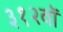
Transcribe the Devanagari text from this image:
३१२वॉ